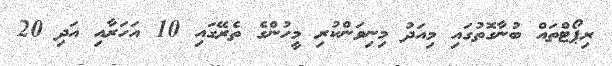
ރިޕޯޓްތައް ބުނާގޮތުގައި މިއަދު މިނިވަންކުރި މީހުންގެ ތެރޭގައި 10 އަހަރާއި އަދި 20